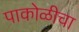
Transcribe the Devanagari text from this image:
पाकोळीचा